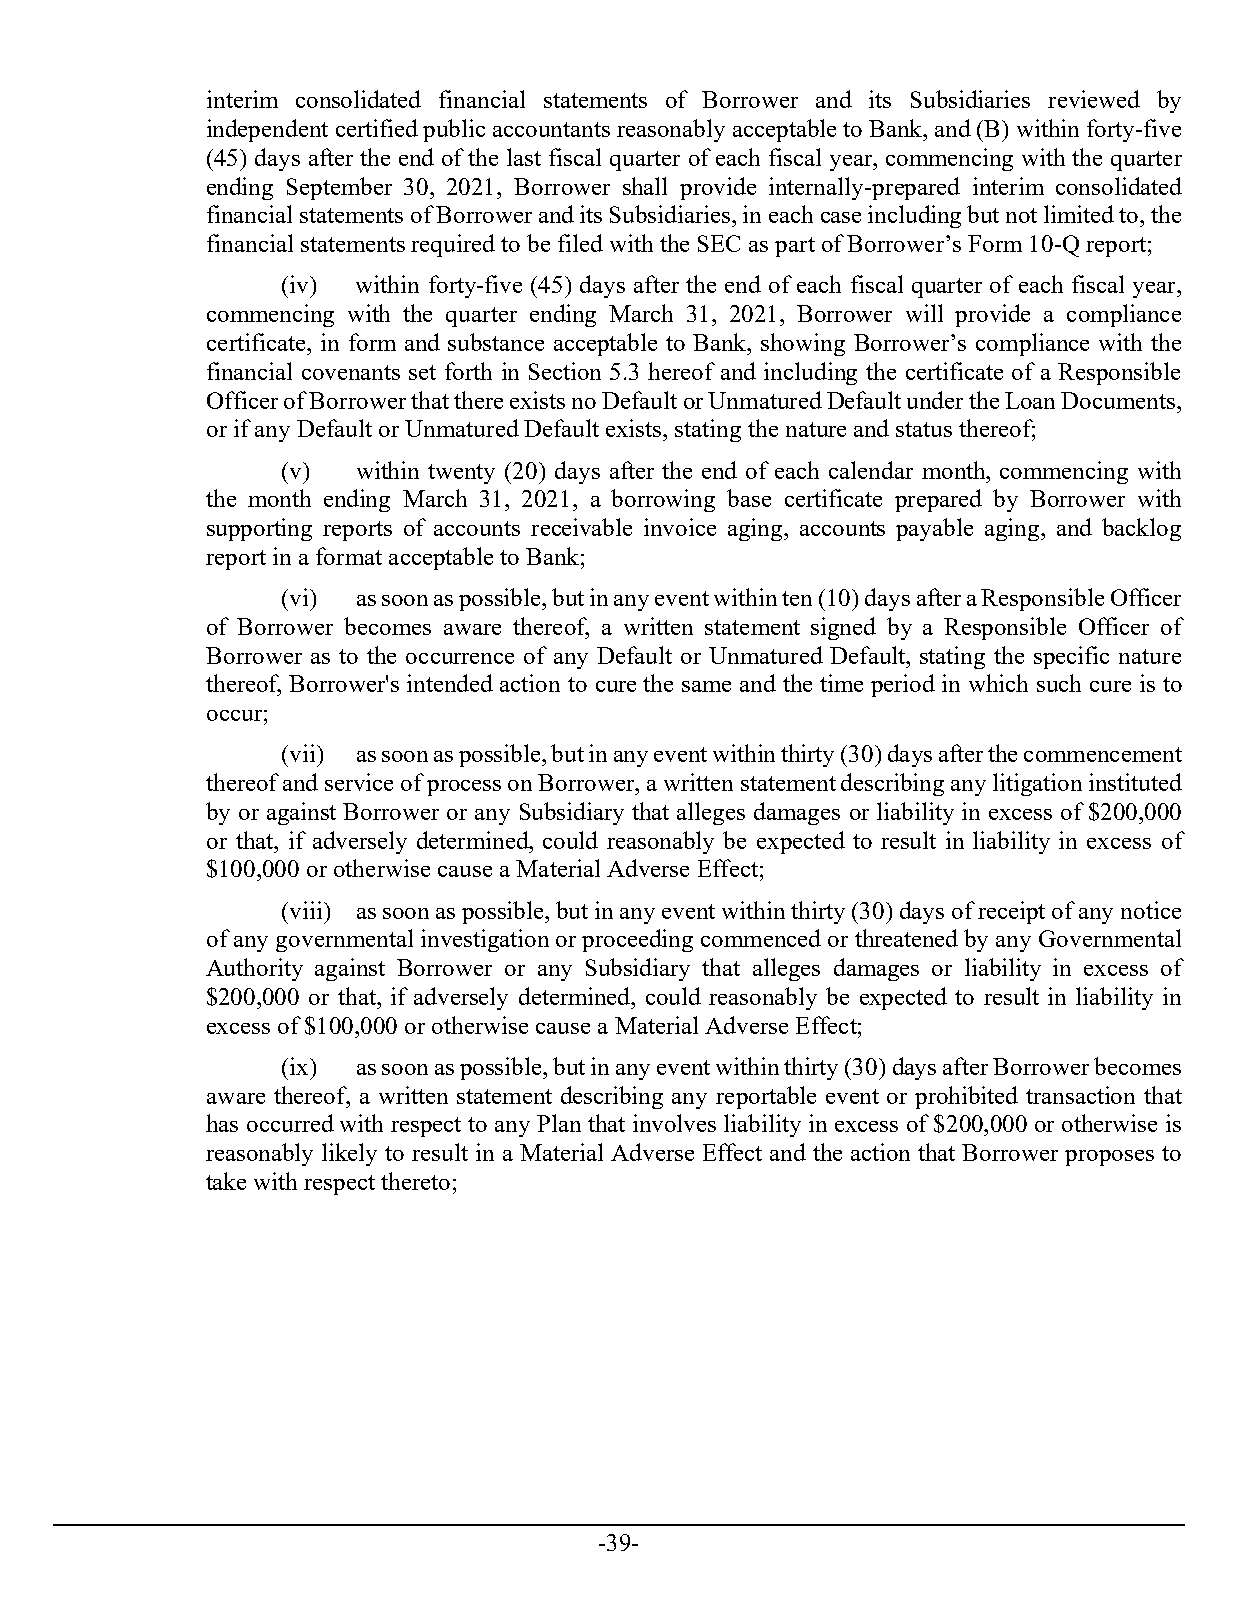
interim consolidated financial statements of Borrower and its Subsidiaries reviewed by
 independent certified public accountants reasonably acceptable to Bank, and (B) within forty-five
 (45) days after the end of the last fiscal quarter of each fiscal year, commencing with the quarter
 ending September 30, 2021, Borrower shall provide internally-prepared interim consolidated
 financial statements of Borrower and its Subsidiaries, in each case including but not limited to, the
 financial statements required to be filed with the SEC as part of Borrower’s Form 10-Q report;
 (iv) within forty-five (45) days after the end of each fiscal quarter of each fiscal year,
 commencing with the quarter ending March 31, 2021, Borrower will provide a compliance
 certificate, in form and substance acceptable to Bank, showing Borrower’s compliance with the
 financial covenants set forth in Section 5.3 hereof and including the certificate of a Responsible
 Officer of Borrower that there exists no Default or Unmatured Default under the Loan Documents,
 or if any Default or Unmatured Default exists, stating the nature and status thereof;
 (v)  within twenty (20) days after the end of each calendar month, commencing with
 the month ending March 31, 2021, a borrowing base certificate prepared by Borrower with
 supporting reports of accounts receivable invoice aging, accounts payable aging, and backlog
 report in a format acceptable to Bank;
 (vi) as soon as possible, but in any event within ten (10) days after a Responsible Officer
 of Borrower becomes aware thereof, a written statement signed by a Responsible Officer of
 Borrower as to the occurrence of any Default or Unmatured Default, stating the specific nature
 thereof, Borrower's intended action to cure the same and the time period in which such cure is to
 occur;
 (vii) as soon as possible, but in any event within thirty (30) days after the commencement
 thereof and service of process on Borrower, a written statement describing any litigation instituted
 by or against Borrower or any Subsidiary that alleges damages or liability in excess of $200,000
 or that, if adversely determined, could reasonably be expected to result in liability in excess of
 $100,000 or otherwise cause a Material Adverse Effect;
 (viii) as soon as possible, but in any event within thirty (30) days of receipt of any notice
 of any governmental investigation or proceeding commenced or threatened by any Governmental
 Authority against Borrower or any Subsidiary that alleges damages or liability in excess of
 $200,000 or that, if adversely determined, could reasonably be expected to result in liability in
 excess of $100,000 or otherwise cause a Material Adverse Effect;
 (ix) as soon as possible, but in any event within thirty (30) days after Borrower becomes
 aware thereof, a written statement describing any reportable event or prohibited transaction that
 has occurred with respect to any Plan that involves liability in excess of $200,000 or otherwise is
 reasonably likely to result in a Material Adverse Effect and the action that Borrower proposes to
 take with respect thereto;
 -39-